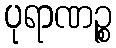
ပုရာဏဉ္စ